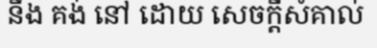
នឹង គង់ នៅ ដោយ សេចក្តីសំគាល់